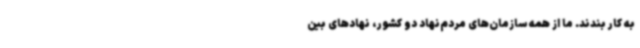
به کار بندند. ما از همه سازمان‌های مردم‌نهاد دو کشور، نهادهای بین